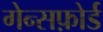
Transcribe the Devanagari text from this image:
गेन्सफ़ोर्ड